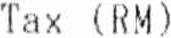
TAX (RM)